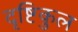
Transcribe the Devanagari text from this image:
दृष्टिकुल